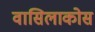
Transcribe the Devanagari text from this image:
वासिलाकोस